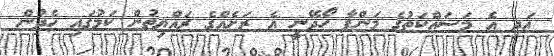
އަދި އެ މަސައްކަތުގެ މަންފާ ހޯދޭނީ އެ ރަށެއްގެ ރައްޔިތުން ކަމުގައި ހެދުން